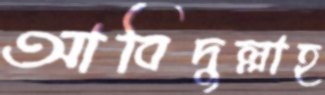
আবিদুল্লাহ